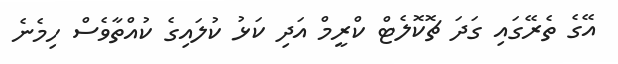
އޭގެ ތެރޭގައި ގަދަ ޗޮކޮލެޓް ކްރީމް އަދި ކަޅު ކުލައިގެ ކުއްތާވެސް ހިމެނެ